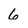
Character: 6